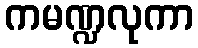
ကမဏ္ဍလုကာ